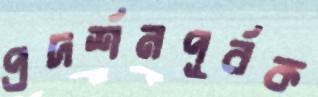
প্রদর্শনপূর্বক